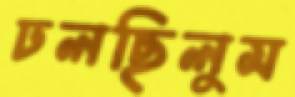
ঢলছিলুম